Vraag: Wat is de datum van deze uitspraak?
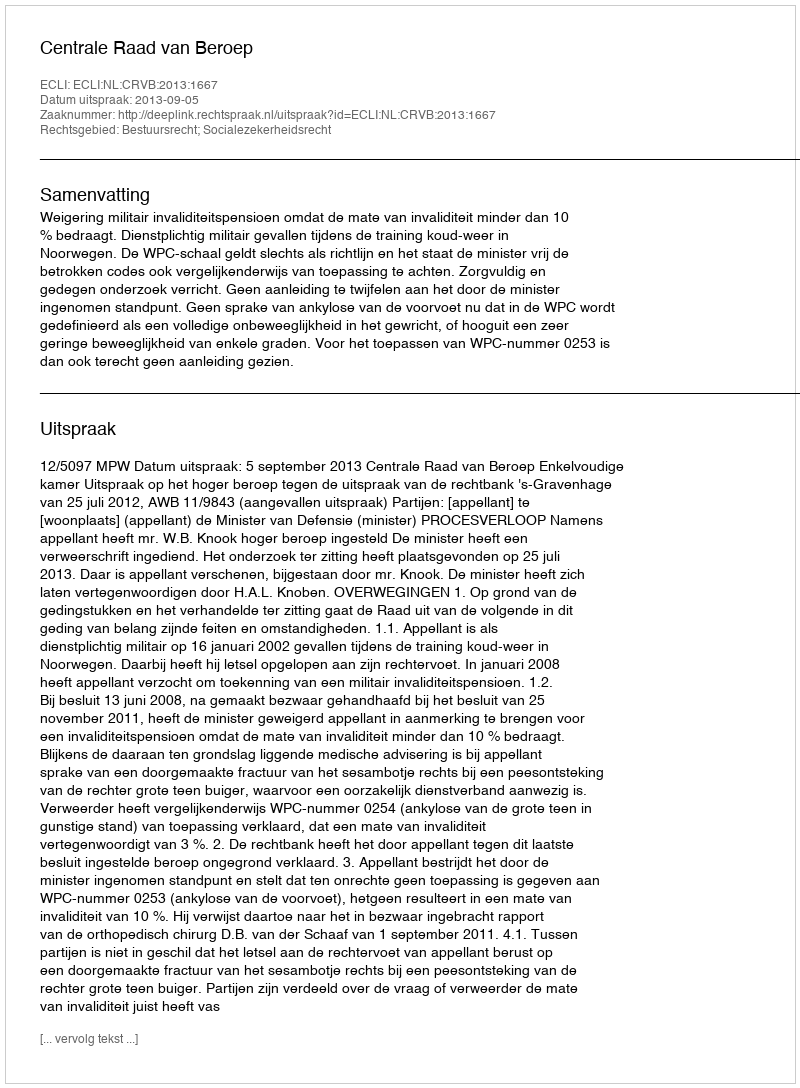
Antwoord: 2013-09-05